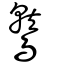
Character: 鷲